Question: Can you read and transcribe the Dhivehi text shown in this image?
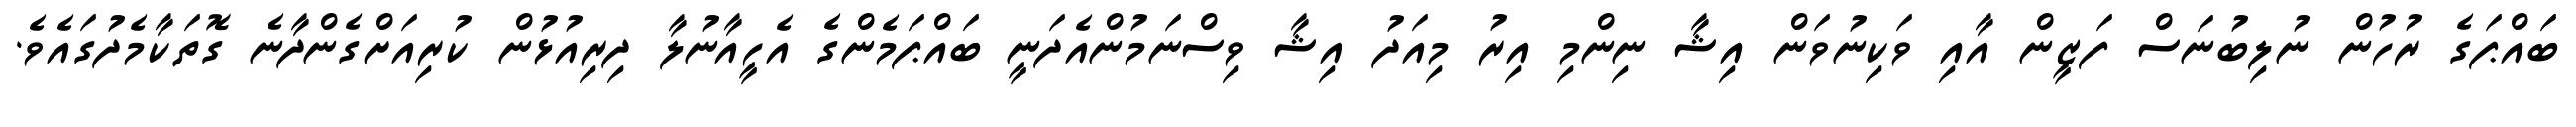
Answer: ބައްޕަގެ ރުހުން ނުލިބުނަސް ފަޒީން އާއި ވަކިނުވަން އިޝާ ނިންމި އިރު މިއަދު އިޝާ ވިސްނަމުންއެދަނީ ބައްޕަމެންގެ އެހީއާނުލާ ދިރިއުޅުން ކުރިއަށްގެންދާނެ ގޮތަކާމެދުގައެވެ.